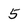
Character: 5